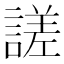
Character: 𧪘